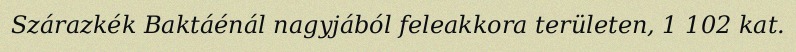
Szárazkék Baktáénál nagyjából feleakkora területen, 1 102 kat.